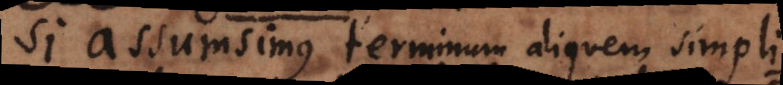
Si assumsimus terminum aliquem simplic